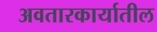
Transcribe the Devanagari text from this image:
अवतारकार्यातील